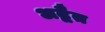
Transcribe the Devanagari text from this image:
अद्बैत